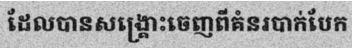
ដែលបានសង្គ្រោះចេញពីគំនរបាក់បែក